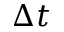
\Delta t